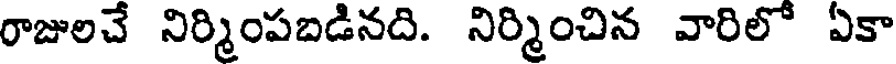
రాజులచే నిర్మింపబడినది. నిర్మించిన వారిలో ఏకా